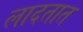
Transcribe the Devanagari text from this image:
लादतात